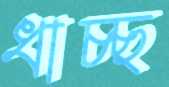
ধাচ্ছ